Statistical return of the lunatic asylum in Assam - 1912-1932
Year: 1912
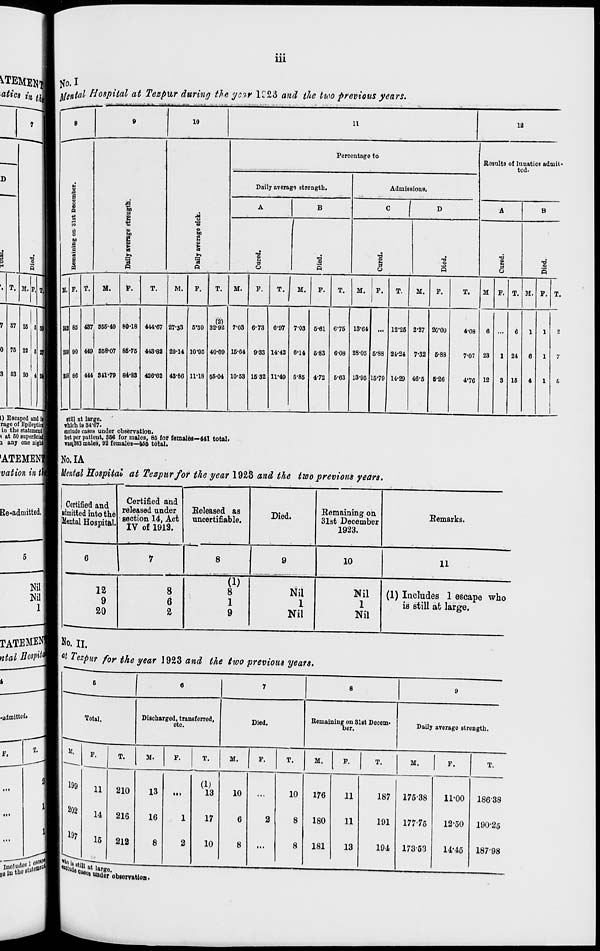
• ••
111
^TEMEM tfo. I
• fl '*M in tm\ Mental Hospital at Tezpur during the year K23 and tlte two previous years.
I) Escaped and i
rage of Epileptic!
in the statement!
? at 50 superficial
i an; one Bight]
8
9
10
11
12
u
1 ■
Id
§> 9
b
Si
fi
I
i
M
I
fit
fi
1
9
0
Percentage to
Rosults of lunatics admit'
ted.
Daily average strength.
Admissions.
A
B
• I D
A
B
1
»
0
0
a
1 1
8
1
i
1
-a fi
P
•a
I
•a fi
P
-a fi
8
a
P
I
M. F. T.
M.
p.
T.
M.
F.
T.
M.
F.
T.
1
M.
F.
T.
M.
F.
T.
M.
F.
T.
M F. T. M. F. T.
353 85 437 355-49 89-18 444-67 27-33 5'50
(2)
32-92 7-03 6-73 6'97 7-03 6-61 6'75 13'64 ... 12-26 2-27 20-00
4-08
6 ...
6
1
1
2
S69 90 449 358-07 85-75 443-82 29-14 10'05 40-09 15-64 9-33 14-42 6-14 5-83 6-08 28-05 6-88 24-24 7-32 5-88
7-07 23
1 24
6
1
7
358 86 414 341-79 84-83 426*62 43-66 11-18 55-04 10-53 1632 11-49 5-85 4-72 6-63 13-95 15-79
i
14-29 46-5 5-26
4'76 12
3 15
4
1
fi
still at large,
which is 84-67.
exclude cases under observation.
feet per patient, 366 for males, 85 for females—141 total.
WBB1363 males, 92 females—456 total.
No.IA
Mental Hospital at Tezpur for the gear 1928 and the two previous years.
Certified and
admitted into the
Mental Hospital.
—
Certified and
released under
section 14, Act
IV of 1913.
Released as
nncertifiable.
Died.
Remaining on
31st December
1923.
Remarks.
6
7
8
9
10
11
12
9
20
8
6
2
(1)
8
1
9
Nil
1
Nil
Nil
1
Nil
(1) Includes 1 escape who
is still at large.
TATEMENB NO. n,
ntal Hospit^m *t Tezpnr for the year J923 and the two previous years.
6
1 • 1 7
8
9
Total.
Discharged, transferred,
etc.
Died.
Remaining on 31st Decem-
ber.
Daily average strength.
It,
199
F.
T.
M.
F.
T.
M.
F.
T.
M.
F.
T.
M.
P.
T.
11
210
13
• •»
(1)
13
10
...
10
176
11
187 17538
11-00 186-38
202
14
216
16
1
17
6
2
8
180
11
191
17775
12-50 190-25
197
16
212
8
2
10
8
...
8
181
13
194 173-53
14*45 18798
&? 11 at l ar „
'«""«• under obiervatlon.